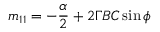
m _ { 1 1 } = - \frac { \alpha } { 2 } + 2 \Gamma B C \sin \phi